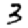
Digit: 3